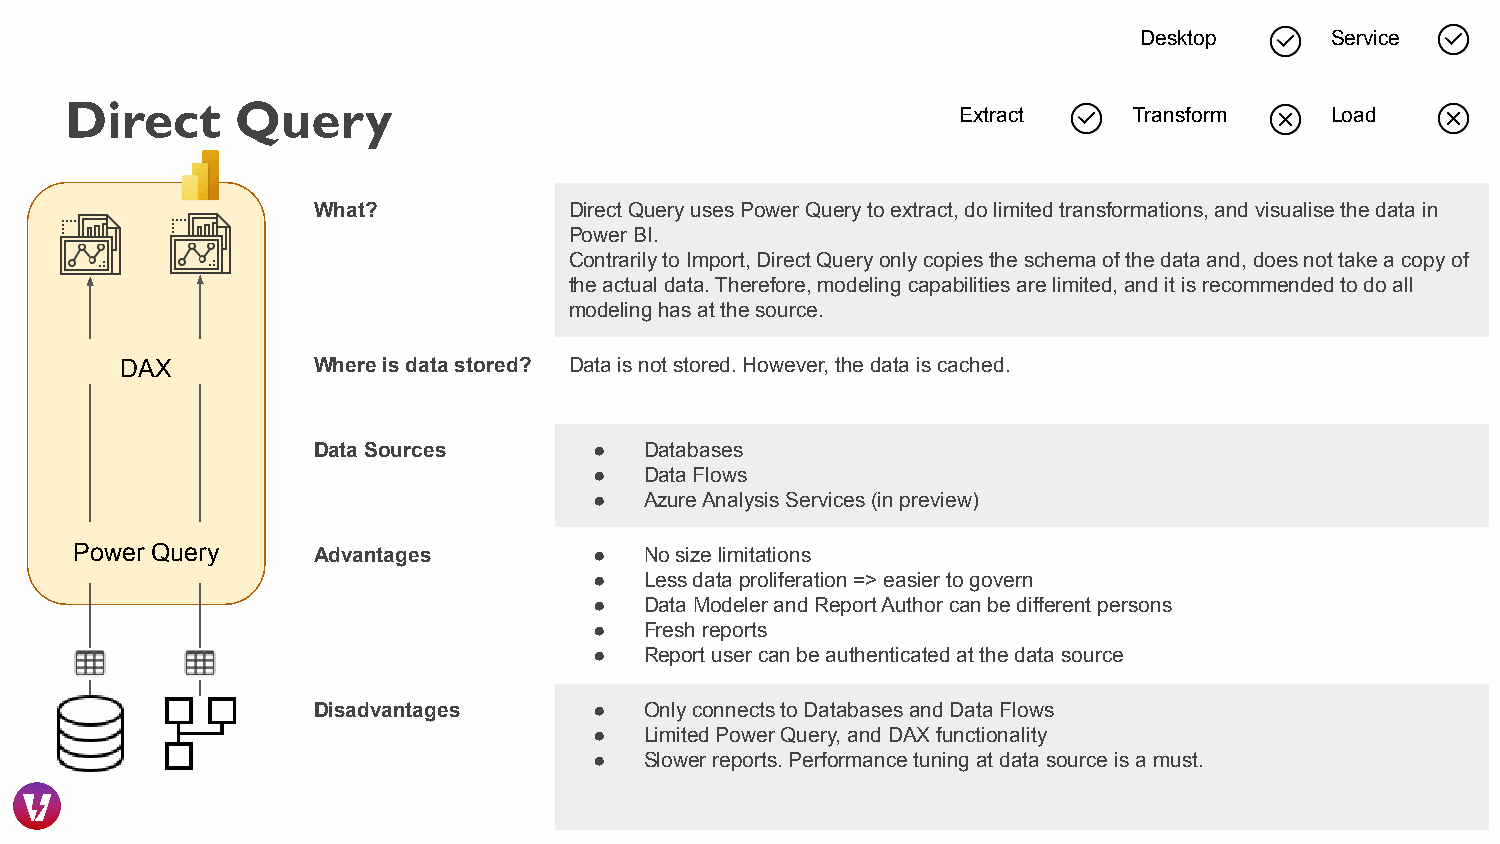
Desktop      Service
 Direct      Query
 Extract     Transform    Load
 What?            Direct Query uses Power Query to extract, do limited transformations, and visualise the data in
 Power BI.
 Contrarily to Import, Direct Query only copies the schema of the data and, does not take a copy of
 the actual data. Therefore, modeling capabilities are limited, and it is recommended to do all
 modeling has at the source.
 DAX          Where is data stored? Data is not stored. However, the data is cached.
 Data Sources      ●   Databases
 ●   Data Flows
 ●   Azure Analysis Services (in preview)
 Power Query     Advantages        ●   No size limitations
 ●   Less data proliferation => easier to govern
 ●   Data Modeler and Report Author can be different persons
 ●   Fresh reports
 ●   Report user can be authenticated at the data source
 Disadvantages     ●   Only connects to Databases and Data Flows
 ●   Limited Power Query, and DAX functionality
 ●   Slower reports. Performance tuning at data source is a must.